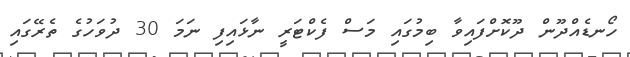
ހޯނޑެއްދޫން ދޫކޮށްފައިވާ ބިމުގައި މަސް ފެކްޓަރީ ނާޅައިފި ނަމަ 30 ދުވަހުގެ ތެރޭގައި